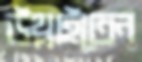
উথ্‌লাইতেন